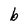
Character: b